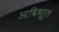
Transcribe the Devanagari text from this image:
आविभूर्त